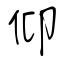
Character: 仰